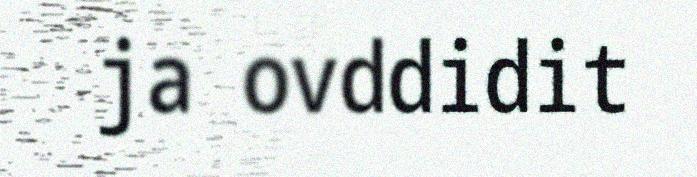
ja ovddidit